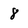
Character: 8